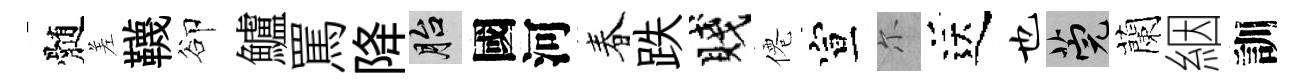
髄差韈卻鱸罵降胎國河春跌賤僊宣尓送也筦蘭絪訓